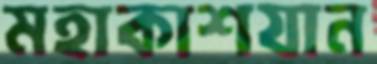
মহাকাশযান